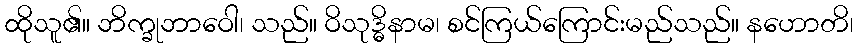
ထိုသူ၏။ ဘိက္ခုဘာဝေါ၊ သည်။ ဝိသုဒ္ဓိနာမ၊ စင်ကြယ်ကြောင်းမည်သည်။ နဟောတိ၊